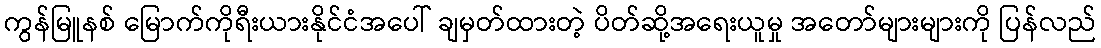
ကွန်မြူနစ် မြောက်ကိုရီးယားနိုင်ငံအပေါ် ချမှတ်ထားတဲ့ ပိတ်ဆို့အရေးယူမှု အတော်များများကို ပြန်လည်